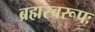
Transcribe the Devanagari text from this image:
ब्रह्मस्वरूपः